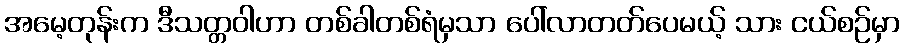
အမေ့တုန်းက ဒီသတ္တဝါဟာ တစ်ခါတစ်ရံမှသာ ပေါ်လာတတ်ပေမယ့် သား ငယ်စဉ်မှာ